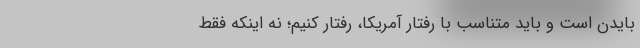
بایدن است و باید متناسب با رفتار آمریکا، رفتار کنیم؛ نه اینکه فقط